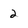
Character: 2